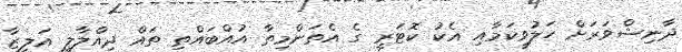
ދާނިޝްވަރަށް ހަލުވިކަމާއި އެކު ކޮޓަރީ ގެ އެތަންމިތާ އުއްބައްތި ތައް ދިއްލާލީ އަލީޒާ